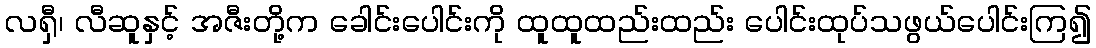
လရှီ၊ လီဆူနှင့် အဇီးတို့က ခေါင်းပေါင်းကို ထူထူထည်းထည်း ပေါင်းထုပ်သဖွယ်ပေါင်းကြ၍